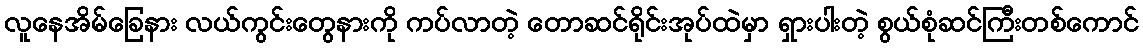
လူနေအိမ်ခြေနား လယ်ကွင်းတွေနားကို ကပ်လာတဲ့ တောဆင်ရိုင်းအုပ်ထဲမှာ ရှားပါးတဲ့ စွယ်စုံဆင်ကြီးတစ်ကောင်